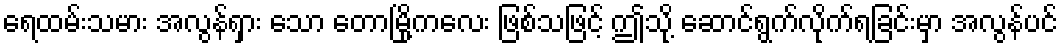
ရေထမ်းသမား အလွန်ရှား သော တောမြို့ကလေး ဖြစ်သဖြင့် ဤသို့ ဆောင်ရွက်လိုက်ရခြင်းမှာ အလွန်ပင်